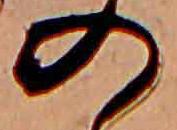
の